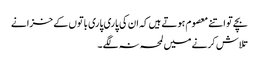
بچے تو اتنے معصوم ہوتے ہیں کہ ان کی پاری پاری باتوں کے خزانے
تلاش کرنے میں لمحہ نہ لگے ۔